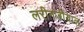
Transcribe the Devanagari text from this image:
लरीनजीयाल